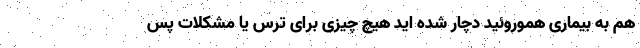
هم به بیماری هموروئید دچار شده اید هیچ چیزی برای ترس یا مشکلات پس